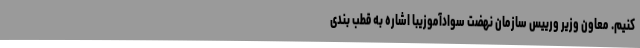
کنیم. معاون وزیر ورییس سازمان نهضت سوادآموزیبا اشاره به قطب بندی